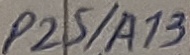
Text: P25/A13